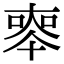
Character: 𠦵